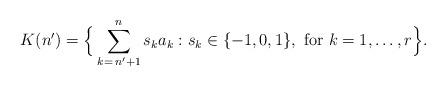
LaTeX: \begin{align*}K(n')=\Big\{\sum_{k=\,n'+1}^{n} s_k a_k:s_k\in \{-1,0,1\}, \hbox{ for }k=1,\ldots,r\Big\}. \end{align*}